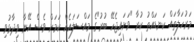
މަރުހަލާތައް ކަނޑައްތު ކުރާ "ވަށައިޖެހޭ ބުރު"ގެ މައްސަލައެއް ކަމަށް ވެސް އޭނާ ވިދާޅުވި